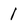
Character: 1